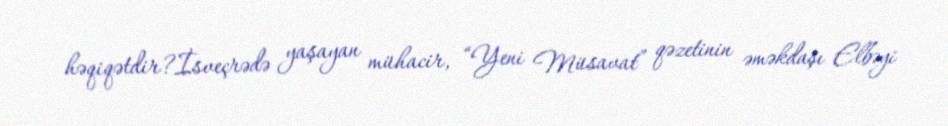
həqiqətdir?İsveçrədə yaşayan mühacir, “Yeni Müsavat” qəzetinin əməkdaşı Elbəyi